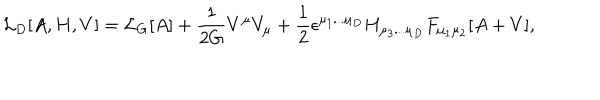
LaTeX: { \cal L } _ { D } [ A , H , V ] = { \cal L } _ { G } [ A ] + \frac { 1 } { 2 G } V ^ { \mu } V _ { \mu } + \frac { 1 } { 2 } \epsilon ^ { \mu _ { 1 } . . . \mu _ { D } } H _ { \mu _ { 3 } . . . \mu _ { D } } F _ { \mu _ { 1 } \mu _ { 2 } } [ A + V ] ,